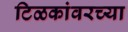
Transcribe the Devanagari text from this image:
टिळकांवरच्या